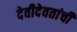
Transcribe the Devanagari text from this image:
देवीदेवतांची